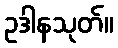
ဥဒါနသုတ်။